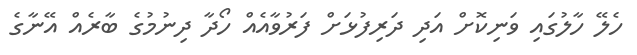
ހެލޭ ހާލުގައި ވަނިކޮށް އަދި ދަރިފުޅަށް ފަރުވާއެއް ހޯދާ ދިނުމުގެ ބާރެއް އޭނާގެ